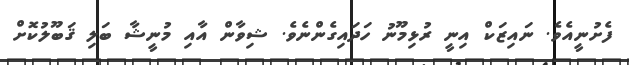
ފެށުނީއެވެ. ނައިޒަކް އިނީ ރުޅިމޫނު ހަދައިގެންނެެވެ. ޝިވާން އާއި މުނީޝާ ބަލި ޤަބޫލުކޮށް